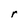
Character: r